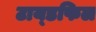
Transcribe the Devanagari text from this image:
टाय्डफिल